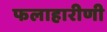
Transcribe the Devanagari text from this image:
फलाहारीणी